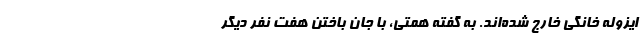
ایزوله خانگی خارج شده‌اند. به گفته همتی، با جان باختن هفت نفر دیگر